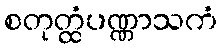
စတုတ္ထံပဏ္ဏာသကံ